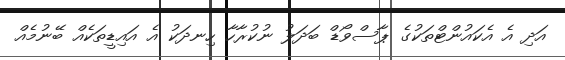
އަދި އެ އެކައުންޓްތަކުގެ ޕާސްވޯޑް ބަދަލު ނުކުރާހާ ހިނދަކު އެ އައިޑީތަކެއް ބޭނުމެއް